system: You are a helpful assistant.
user:
Analyze the provided spectrum to determine if it is a **"Cataclysmic Variables (CV)"**.

- **Key Indicators for CV (Check for either state):**
    - **State 1: Quiescent / Low-State (Emission-Dominated)**
        - **(Primary):** Strong and *very broad* Hydrogen Balmer emission lines (e.g., $H\alpha$ at 6563 Å, $H\beta$ at 4861 Å). The 'broadness' (high velocity dispersion, often FWHM > 1000 km/s) is the key diagnostic, indicating a high-velocity accretion disk.
        - **(Secondary):** Broad neutral Helium (He I) emission lines (e.g., 5876 Å, 6678 Å).
        - **(Key Confirmation):** Presence of high-excitation *ionized* Helium (He II) emission at 4686 Å. This is a strong indicator of accretion onto a white dwarf.
        - **(Line Profile):** Emission lines may exhibit a 'double-peaked' profile, which is a classic signature of a rotating accretion disk viewed at high inclination.

    - **State 2: Outburst / High-State (Absorption-Dominated)**
        - **(Primary):** Spectrum is dominated by a bright, blue continuum (looks like a hot star).
        - **(Secondary):** The emission lines from State 1 are weak, absent, or 'filled in', and are replaced by broad, shallow *absorption* lines (primarily Balmer and He I).
        - **(Morphology):** The overall spectrum mimics a hot B/A-type star. The crucial difference is that the absorption lines are significantly broader, shallower, and more 'washed-out' (or 'smeared') than the sharp lines of a normal stellar photosphere, due to high rotational speeds and pressure broadening in the disk.

Think first, call **spectral_visualization_tool** if needed to examine features in detail, then provide your final answer. Your response must adhere to the following strict rules:
1.  **Overall Structure:** Your response must follow the format `<think>...</think> <tool_call>...</tool_call> (if a tool is used) <answer>...</answer>`.
2.  **Tool Usage Constraint:** You may only make **one** tool call per turn.
3.  **Final Answer Format:** In the `<answer>` tag, your conclusion must be inside a `\boxed{}` command (e.g., `\boxed{YES}`), followed by your justification.

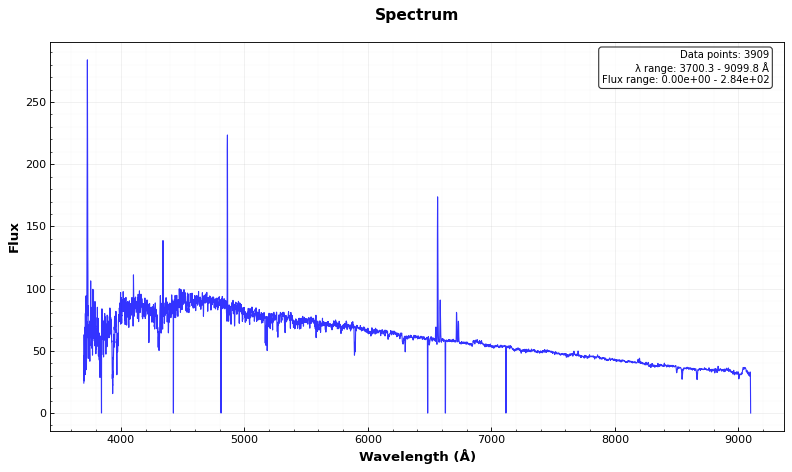
Answer: NO